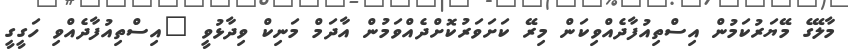
މާލޭގެ މޭޔަރުކަމުން އިސްތިއުފާދެއްވިކަން މިރޭ ކަށަވަރުކޮށްދެއްވަމުން އާދަމް މަނިކް ވިދާޅުވީ "އިސްތިއުފާދެއްވި ހަގީގީ